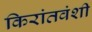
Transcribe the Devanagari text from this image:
किरांतवंशी